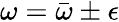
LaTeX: \omega=\bar{\omega}\pm\epsilon